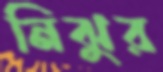
নিঝুর